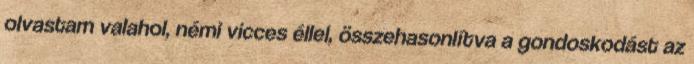
olvastam valahol, némi vicces éllel, összehasonlítva a gondoskodást az